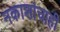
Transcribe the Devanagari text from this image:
नकाशांचाही